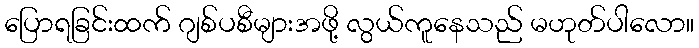
ပြောရခြင်းထက် ဂျစ်ပစီများအဖို့ လွယ်ကူနေသည် မဟုတ်ပါလော။